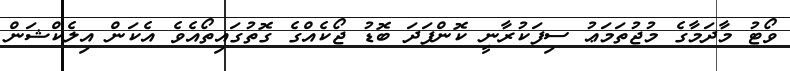
ވޯޓު މާދަމާގެ މުޖުތަމަޢު ސިފަކުރާނީ ކޮންފަދަ ބޮޑު ޖޯކެއްގެ ގޮތުގައިތޯއެވެ އެކަން އިލެކްޝަން